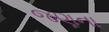
જણના